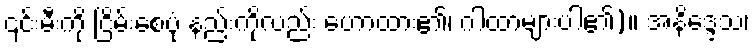
၎င်းမီးကို ငြိမ်းစေပုံ နည်းကိုလည်း ဟောထား၏၊ ဂါထာများပါ၏)။ အနိဒ္ဒေသ၊